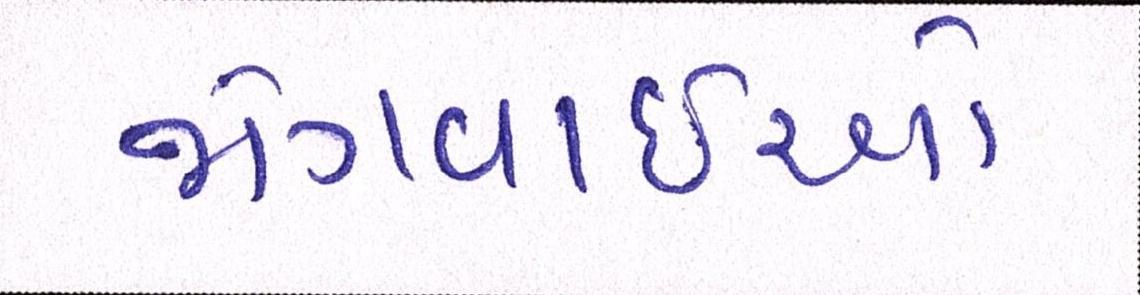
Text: જોગવાઇઓ